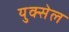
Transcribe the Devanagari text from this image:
युक्सेल